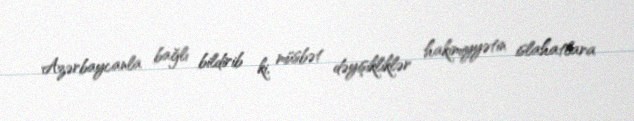
Azərbaycanla bağlı bildirib ki, müsbət dəyişikliklər hakimiyyətin islahatlara